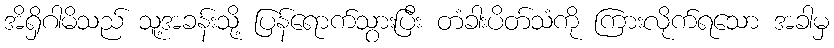
အိရှိဂါမိသည် သူ့အခန်းသို့ ပြန်ရောက်သွားပြီး တံခါးပိတ်သံကို ကြားလိုက်ရသော အခါမှ